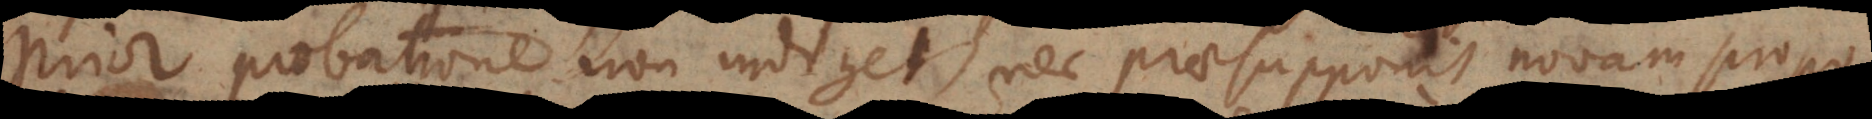
Prior probatione non indiget, nec praesupponit novam propo